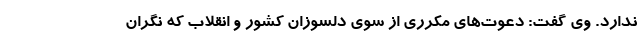
ندارد. وی گفت: دعوت‌های مکرری از سوی دلسوزان کشور و انقلاب که نگران